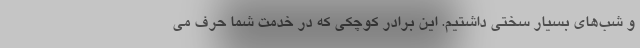
و شب‌های بسیار سختی داشتیم. این برادر کوچکی که در خدمت شما حرف می